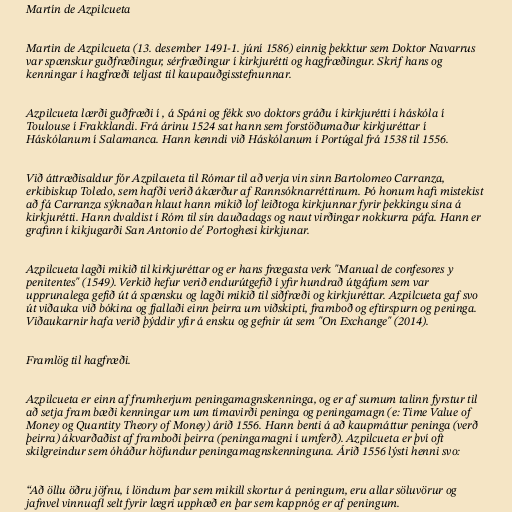
Martín de Azpilcueta

Martin de Azpilcueta (13. desember 1491-1. júní 1586) einnig þekktur sem Doktor Navarrus
var spænskur guðfræðingur, sérfræðingur í kirkjurétti og hagfræðingur. Skrif hans og
kenningar í hagfræði teljast til kaupauðgisstefnunnar.

Azpilcueta lærði guðfræði í , á Spáni og fékk svo doktors gráðu í kirkjurétti í háskóla í
Toulouse í Frakklandi. Frá árinu 1524 sat hann sem forstöðumaður kirkjuréttar í
Háskólanum í Salamanca. Hann kenndi við Háskólanum í Portúgal frá 1538 til 1556.

Við áttræðisaldur fór Azpilcueta til Rómar til að verja vin sinn Bartolomeo Carranza,
erkibiskup Toledo, sem hafði verið ákærður af Rannsóknarréttinum. Þó honum hafi mistekist
að fá Carranza sýknaðan hlaut hann mikið lof leiðtoga kirkjunnar fyrir þekkingu sína á
kirkjurétti. Hann dvaldist í Róm til sín dauðadags og naut virðingar nokkurra páfa. Hann er
grafinn í kikjugarði San Antonio de' Portoghesi kirkjunar.

Azpilcueta lagði mikið til kirkjuréttar og er hans frægasta verk "Manual de confesores y
penitentes" (1549). Verkið hefur verið endurútgefið í yfir hundrað útgáfum sem var
upprunalega gefið út á spænsku og lagði mikið til siðfræði og kirkjuréttar. Azpilcueta gaf svo
út viðauka við bókina og fjallaði einn þeirra um viðskipti, framboð og eftirspurn og peninga.
Viðaukarnir hafa verið þýddir yfir á ensku og gefnir út sem "On Exchange" (2014).

Framlög til hagfræði.

Azpilcueta er einn af frumherjum peningamagnskenninga, og er af sumum talinn fyrstur til
að setja fram bæði kenningar um um tímavirði peninga og peningamagn (e: Time Value of
Money og Quantity Theory of Money) árið 1556. Hann benti á að kaupmáttur peninga (verð
þeirra) ákvarðaðist af framboði þeirra (peningamagni í umferð). Azpilcueta er því oft
skilgreindur sem óháður höfundur peningamagnskenninguna. Árið 1556 lýsti henni svo:

“Að öllu öðru jöfnu, í löndum þar sem mikill skortur á peningum, eru allar söluvörur og
jafnvel vinnuafl selt fyrir lægri upphæð en þar sem kappnóg er af peningum.